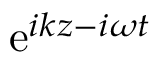
\mathrm { e } ^ { i k z - i \omega t }